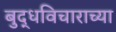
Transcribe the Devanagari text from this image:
बुद्धविचाराच्या